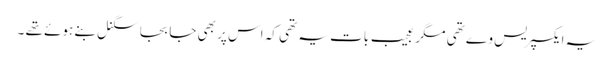
یہ ایکسپریس وے تھی مگر عجیب بات یہ تھی کہ اس پر بھی جا بجا سگنل بنے ہوئے تھے ۔